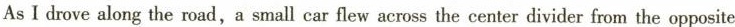
As I drove along the road,a small car flew across the center divider from the opposite